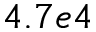
4 . 7 e 4